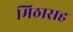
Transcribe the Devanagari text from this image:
मिठासह